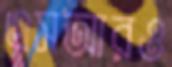
এসআরও